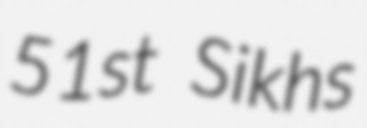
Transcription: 51st Sikhs